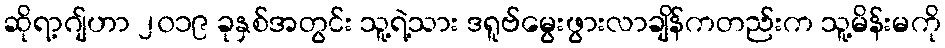
ဆိုရာ့ဂျ်ဟာ ၂၀၁၉ ခုနှစ်အတွင်း သူ့ရဲ့သား ဒရူဗ်မွေးဖွားလာချိန်ကတည်းက သူ့မိန်းမကို